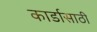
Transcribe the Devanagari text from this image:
कार्डासाठी